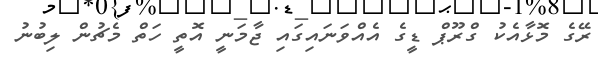
ރޭގެ މޮޅާއެކު ގްރޫޕް ޑީގެ އެއްވަނައިގައި ޖާމަނީ އޮތީ ހަތް މެޗުން ލިބުނު